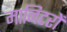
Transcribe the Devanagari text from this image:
मानिटरों